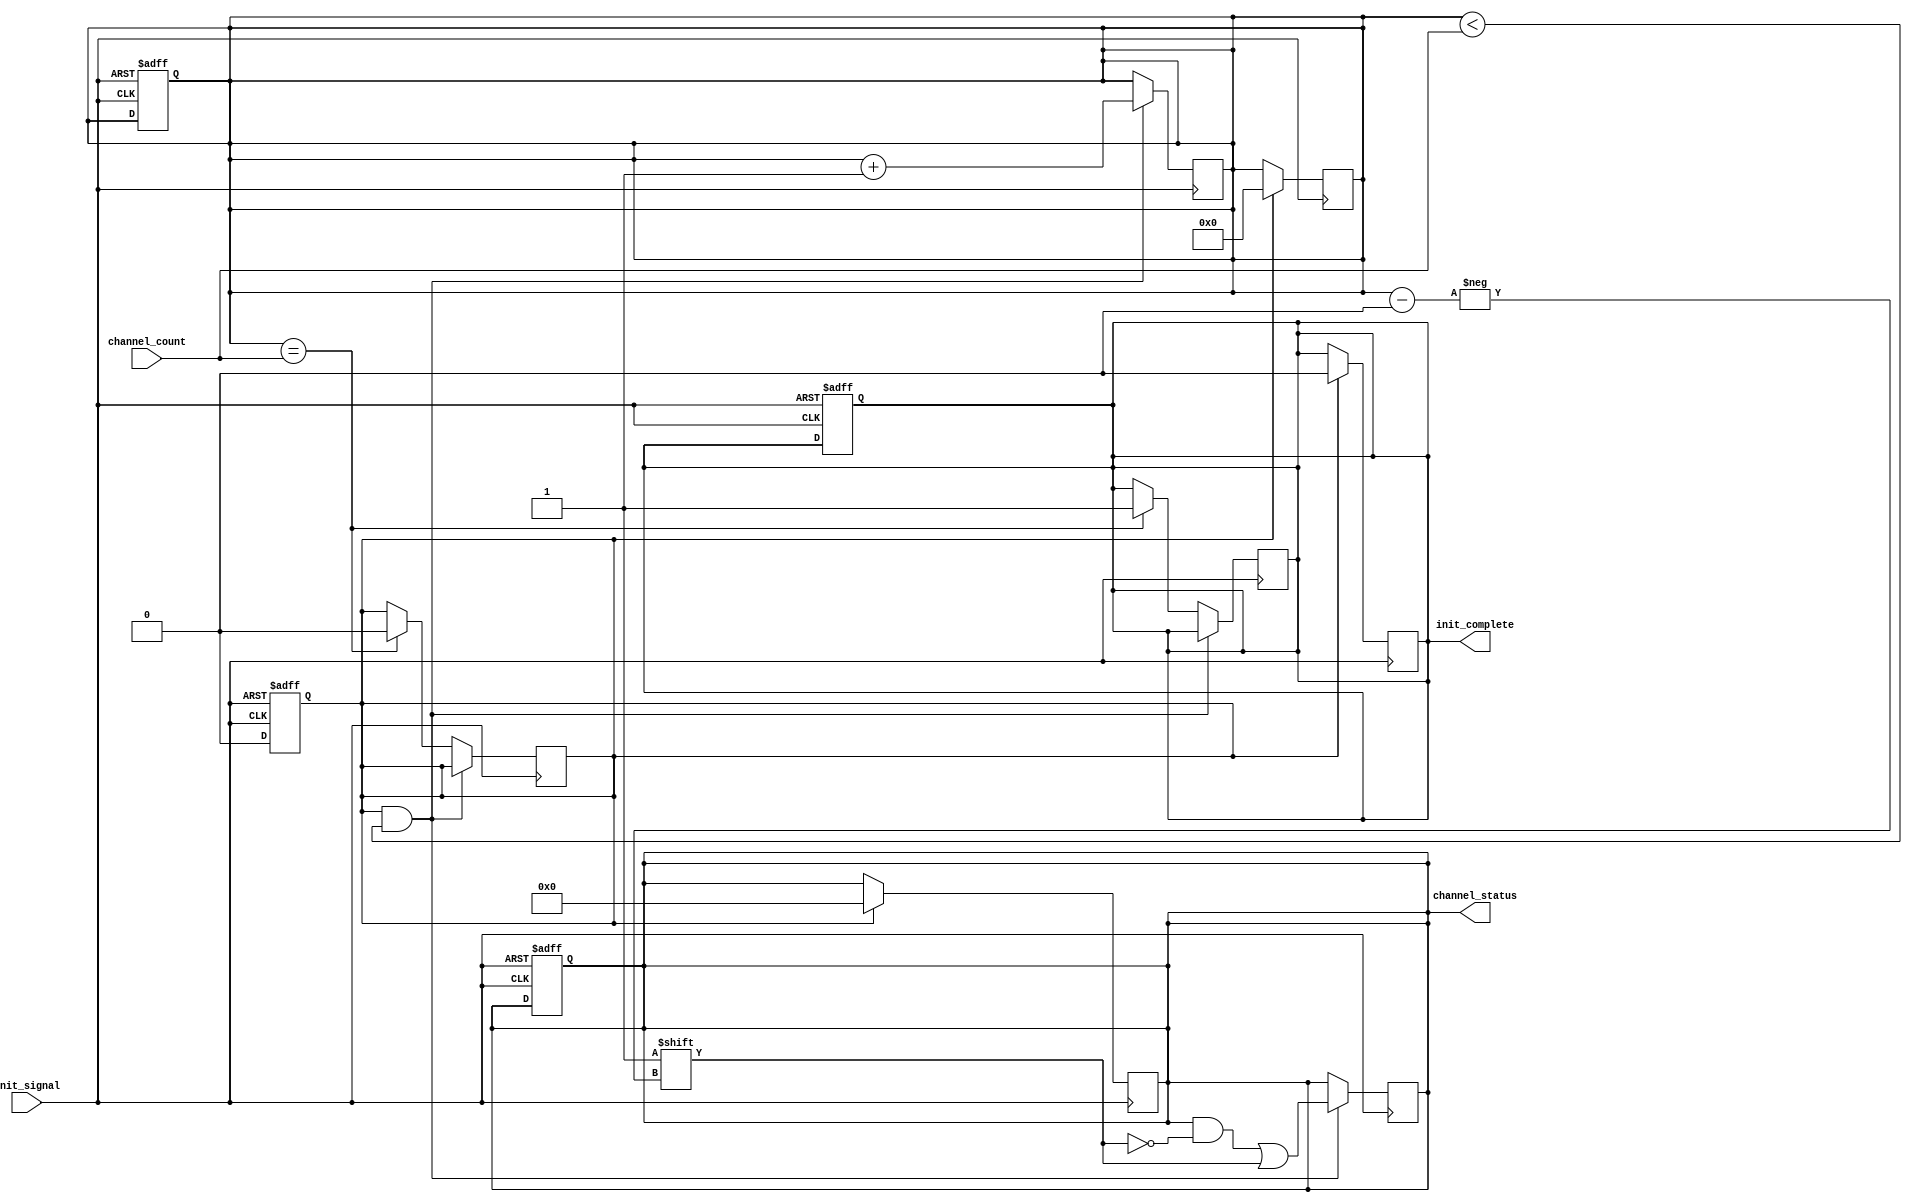
module multi_channel_init #(
    parameter MAX_CHANNELS = 8  // Maximum number of channels supported
)(
    input wire init_signal,
    input wire [3:0] channel_count,  // Assuming a maximum of 16 channels (4 bits)
    output reg [MAX_CHANNELS-1:0] channel_status,
    output reg init_complete
);

    // Internal signals
    reg [MAX_CHANNELS-1:0] channel_state;
    reg [3:0] channel_index; // To iterate through channels

    // State definitions
    localparam IDLE = 1'b0;
    localparam INITIALIZING = 1'b1;
    reg state;

    // Initialization process
    always @(posedge init_signal or negedge init_signal) begin
        if (init_signal) begin
            state <= INITIALIZING;
            channel_status <= 0; // Reset channel status
            channel_state <= 0;  // Reset channel states
            init_complete <= 0;  // Reset completion flag
            channel_index <= 0;   // Start with the first channel
        end else begin
            state <= IDLE;
        end
    end

    // Channel initialization sequence
    always @(posedge init_signal) begin
        if (state == INITIALIZING && channel_index < channel_count) begin
            // Simulate channel initialization
            channel_state[channel_index] <= 1; // Mark channel as initialized
            channel_status[channel_index] <= 1; // Set status to initialized
            channel_index <= channel_index + 1; // Move to the next channel
        end else if (channel_index == channel_count) begin
            // All channels initialized
            init_complete <= 1; // Set completion flag
            state <= IDLE; // Go back to idle state
        end
    end

    // Reset initialization on de-assertion of init_signal
    always @(negedge init_signal) begin
        if (state == INITIALIZING) begin
            // If we were in the process of initializing, reset the states
            channel_state <= 0;
            channel_status <= 0;
            init_complete <= 0;
            channel_index <= 0; // Reset index
        end
    end

endmodule